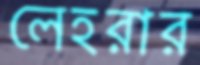
লেহরার